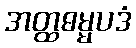
အတ္ထဓမ္မပဒံ